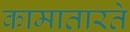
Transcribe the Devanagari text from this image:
कामातारते